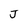
Character: J